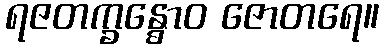
ရဇတက္ခန္ဓောဝ ဇောတရေ။